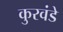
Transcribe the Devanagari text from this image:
कुरवंडे